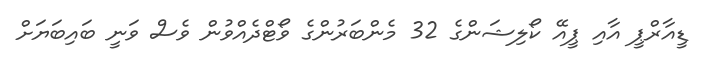
ޑީއާރްޕީ އާއި ޕީއޭ ކޯލިޝަންގެ 32 މެންބަރުންގެ ވޯޓްދެއްވުން ވެސް ވަނީ ބައިބަޔަށް